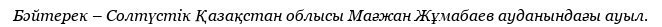
Бәйтерек – Солтүстік Қазақстан облысы Мағжан Жұмабаев ауданындағы ауыл.